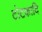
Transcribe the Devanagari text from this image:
टोटकादि